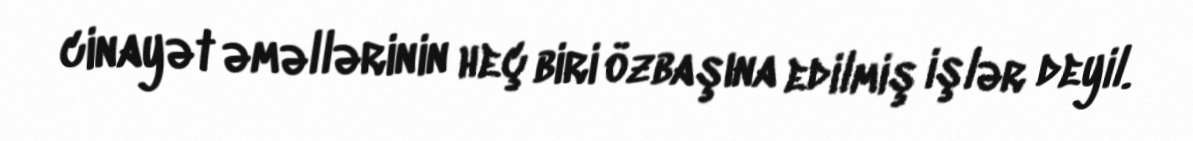
cinayət əməllərinin heç biri özbaşına edilmiş işlər deyil.